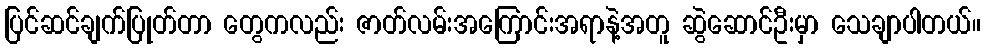
ပြင်ဆင်ချက်ပြုတ်တာ တွေကလည်း ဇာတ်လမ်းအကြောင်းအရာနဲ့အတူ ဆွဲဆောင်ဦးမှာ သေချာပါတယ်။